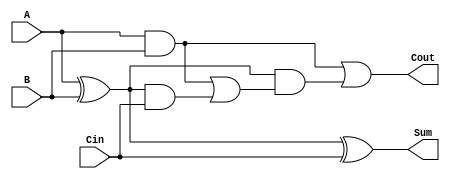
module CarryLookaheadFullAdder (
    input wire A,       // First binary digit
    input wire B,       // Second binary digit
    input wire Cin,     // Carry input
    output wire Sum,    // Resultant binary digit
    output wire Cout    // Carry output
);

    // Internal signals for Propagate and Generate
    wire P;            // Propagate signal
    wire G;            // Generate signal
    wire C1;           // Intermediate carry output

    // Generate and Propagate logic
    assign P = A ^ B;  // P = A XOR B
    assign G = A & B;  // G = A AND B

    // Carry output logic
    assign C1 = G | (P & Cin); // C1 = G OR (P AND Cin)
    assign Cout = G | (P & C1); // Cout = G OR (P AND C1)

    // Sum output logic
    assign Sum = P ^ Cin; // Sum = P XOR Cin

endmodule